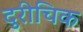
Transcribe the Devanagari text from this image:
दुरीचिक